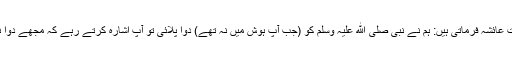
حضرت عائشہ فرماتی ہیں: ہم نے نبی صلی ﷲ علیہ وسلم کو (جب آپ ہوش میں نہ تھے) دوا پلائی تو آپ اشارہ کرتے رہے کہ مجھے دوا نہ پلاؤ۔